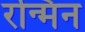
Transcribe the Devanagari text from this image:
रन्मिन